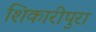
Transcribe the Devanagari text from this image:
शिकारीपुरा